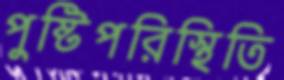
পুষ্টিপরিস্থিতি